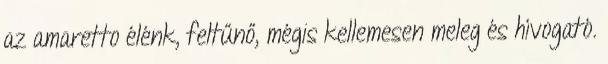
az amaretto élénk, feltűnő, mégis kellemesen meleg és hívogató.